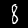
Digit: 8